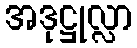
အဒုဋ္ဌုလ္လာ